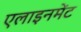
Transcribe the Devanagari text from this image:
एलाइनमेंट